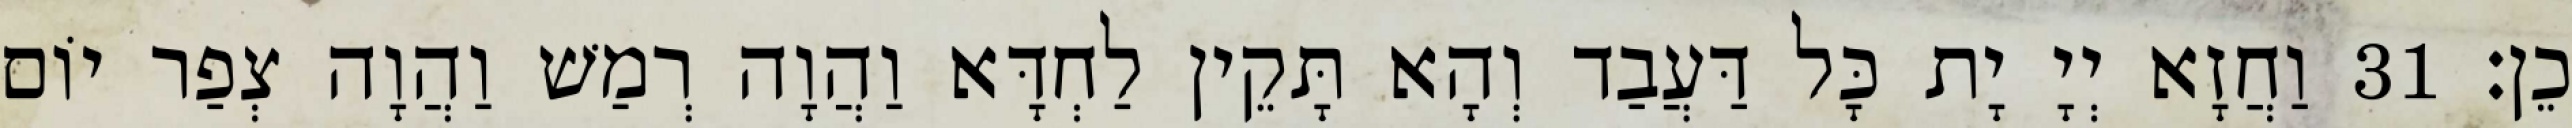
כֵן׃ 31 וַחֲזָא יְיָ יָת כָּל דַּעֲבַד וְהָא תָּקֵין לַחְדָּא וַהֲוָה רְמַשׁ וַהֲוָה צְפַר יוֹם